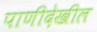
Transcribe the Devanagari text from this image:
पाणीदेखील